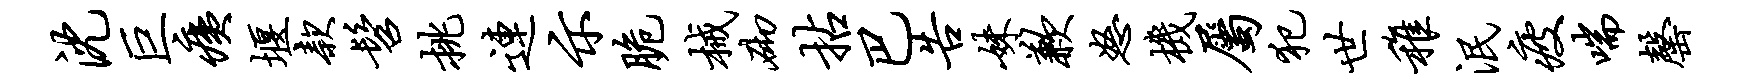
沈巨痍堰款髫挑连示脆械砌拈巴告妹歉怒机属犯世稚泯疲喘罄